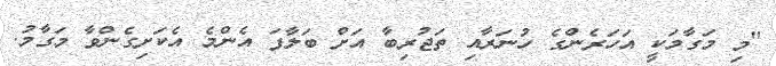
"މި މަގާމަކީ އަހަރެންގެ ހުނަރާއި ތަޖުރިބާ އަށް ބަލާފަ އެންމެ އެކަށިގެންވާ މަގާމު.